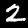
Digit: 2